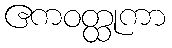
ဧကဝတ္ထုကာ